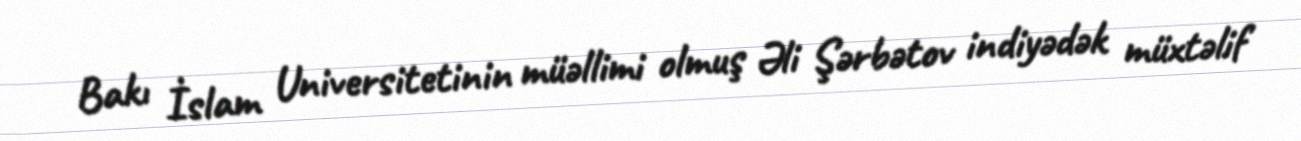
Bakı İslam Universitetinin müəllimi olmuş Əli Şərbətov indiyədək müxtəlif